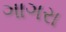
ગાગરા